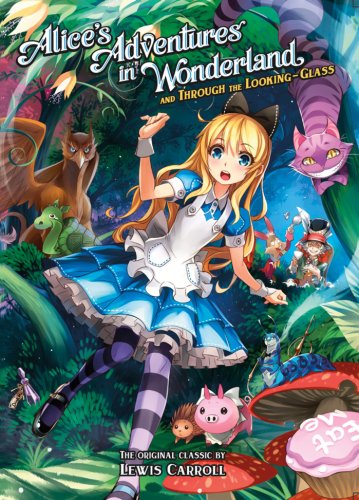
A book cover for Alice's Adventures in Wonderland and Through the Looking Glass; Lewis Carroll; Science Fiction & Fantasy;